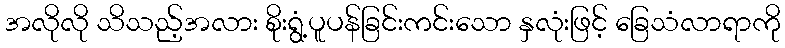
အလိုလို သိသည့်အလား စိုးရွံ့ပူပန်ခြင်းကင်းသော နှလုံးဖြင့် ခြေသံလာရာကို